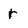
Character: r